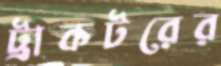
ট্রাকটরের